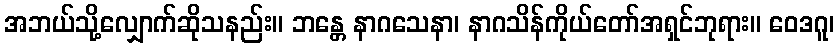
အဘယ်သို့လျှောက်ဆိုသနည်း။ ဘန္တေ နာဂသေနာ၊ နာဂသိန်ကိုယ်တော်အရှင်ဘုရား။ ဝေဒဂူ၊